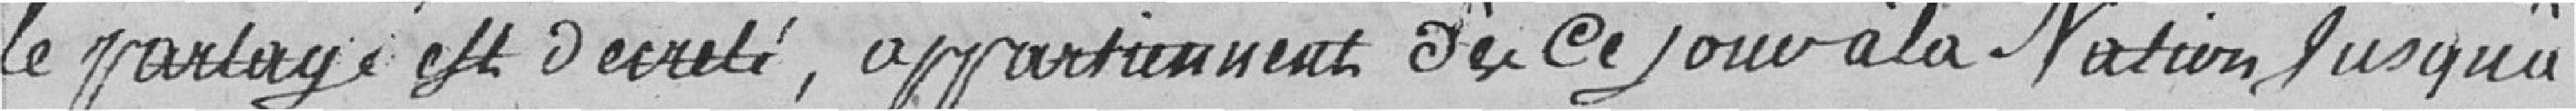
le partage est décrété, appartiennent dès ce jour à la Nation jusqu'à